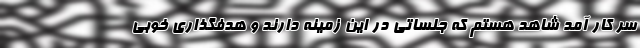
سر کار آمد شاهد هستم که جلساتی در این زمینه دارند و هدفگذاری خوبی